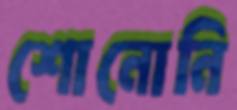
শোনোনি